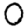
Digit: 0